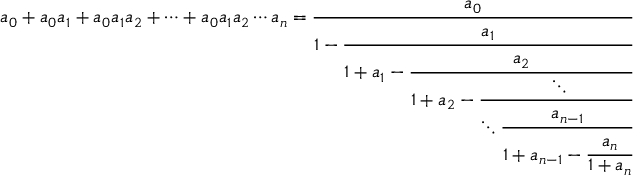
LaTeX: a _ { 0 } + a _ { 0 } a _ { 1 } + a _ { 0 } a _ { 1 } a _ { 2 } + \cdots + a _ { 0 } a _ { 1 } a _ { 2 } \cdots a _ { n } = { \cfrac { a _ { 0 } } { 1 - { \cfrac { a _ { 1 } } { 1 + a _ { 1 } - { \cfrac { a _ { 2 } } { 1 + a _ { 2 } - { \cfrac { \ddots } { \ddots { \cfrac { a _ { n - 1 } } { 1 + a _ { n - 1 } - { \cfrac { a _ { n } } { 1 + a _ { n } } } } } } } } } } } } }